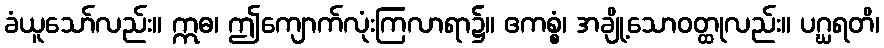
ခံယူသော်လည်း။ ဣဓ၊ ဤကျောက်လုံးကြလာရာ၌။ ဧကစ္စံ၊ အချို့သောဝတ္ထုလည်း။ ပဂ္ဃရတိ၊